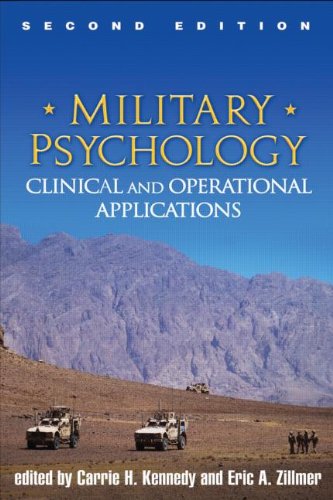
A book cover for Military Psychology, Second Edition: Clinical and Operational Applications; Medical Books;